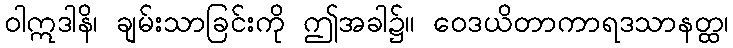
ဝါဣဒါနိ၊ ချမ်းသာခြင်းကို ဤအခါ၌။ ဝေဒယိတာကာရဒသာနတ္ထ၊